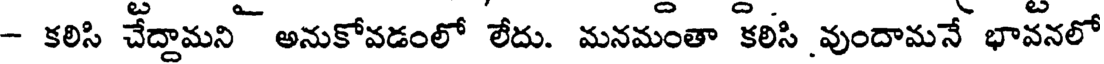
- కలిసి చేద్దామని అనుకోవడంలో లేదు. మనమంతా కలిసి వుందామనే భావనలో